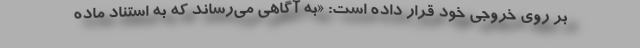
بر روی خروجی خود قرار داده است: «به آگاهی می‌رساند که به استناد ماده